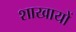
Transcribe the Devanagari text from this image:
शाखायों